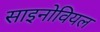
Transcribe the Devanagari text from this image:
साइनोवियल